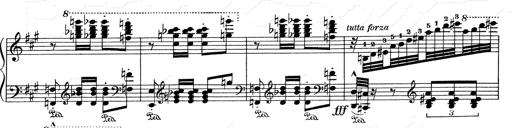
Title: Mephisto Waltz No.1
Composer: Franz Liszt